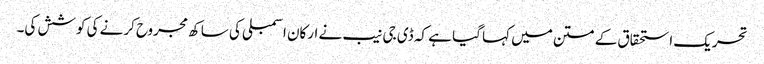
تحریک استحقاق کے متن میں کہا گیا ہے کہ ڈی جی نیب نے ارکان اسمبلی کی ساکھ مجروح کرنے کی کوشش کی۔